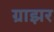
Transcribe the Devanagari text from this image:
ग्राझर